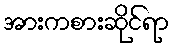
အားကစားဆိုင်ရာ